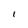
Character: 1